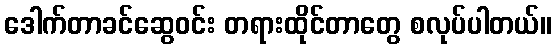
ဒေါက်တာခင်ဆွေဝင်း တရားထိုင်တာတွေ စလုပ်ပါတယ်။